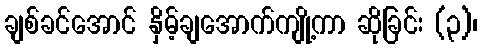
ချစ်ခင်အောင် နှိမ့်ချအောက်ကျို့ကာ ဆိုခြင်း (၃)၊